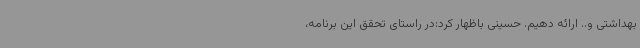
بهداشتی و.. ارائه دهیم. حسینی باظهار کرد:در راستای تحقق این برنامه،